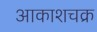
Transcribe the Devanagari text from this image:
आकाशचक्र